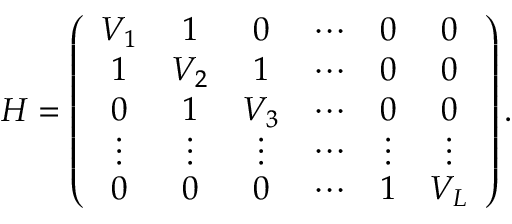
\begin{array} { r } { \cal { H } = \left( \begin{array} { c c c c c c } { V _ { 1 } } & { 1 } & { 0 } & { \cdots } & { 0 } & { 0 } \\ { 1 } & { V _ { 2 } } & { 1 } & { \cdots } & { 0 } & { 0 } \\ { 0 } & { 1 } & { V _ { 3 } } & { \cdots } & { 0 } & { 0 } \\ { \vdots } & { \vdots } & { \vdots } & { \cdots } & { \vdots } & { \vdots } \\ { 0 } & { 0 } & { 0 } & { \cdots } & { 1 } & { V _ { L } } \end{array} \right) . } \end{array}